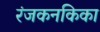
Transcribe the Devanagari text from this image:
रंजकनकिका